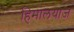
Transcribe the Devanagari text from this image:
हिमालयाज